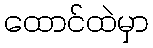
ထောင်ထဲမှာ